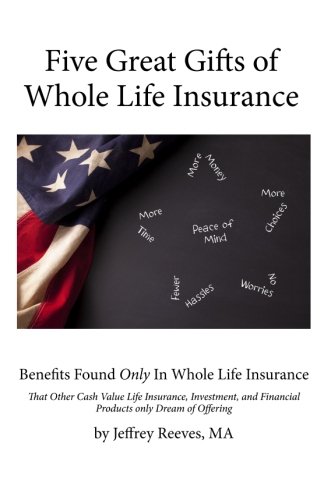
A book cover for Five Great Gifts of Whole Life Insurance: Benefits Found Only In Whole Life Insurance That Other Cash Value Life Insurance, Investment, and Financial Products Only Dream Of Offering; Jeffrey Reeves MA; Business & Money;